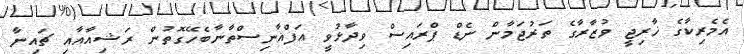
އެމެރިކާގެ ޚާރިޖީ ވުޒާރާގެ ތަރުޖަމާން ނެޑް ޕްރައިސް ވިދާޅުވީ އަފްޣާނިސްތާނާބެހޭގޮތުން ރަޝިއާއާއި ޗައިނާ